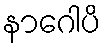
နာဂေါပိ